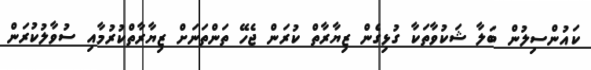
ކައުންސިލުން ބަލާ ޝަކުވާތަކާ ގުޅިގެން ޒިޔާރާތް ކުރަން ޖެހޭ ތަންތަނަށް ޒިޔާރާތްކުރުމާއި ސުވާލުކުރަން